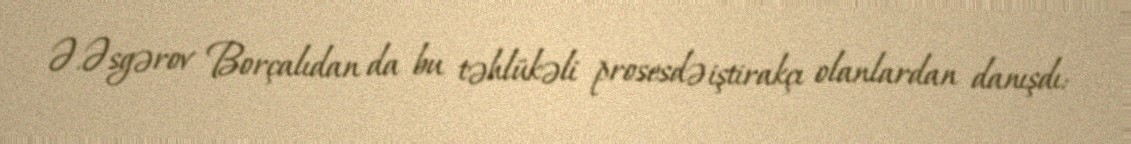
Ə.Əsgərov Borçalıdan da bu təhlükəli prosesdə iştirakçı olanlardan danışdı: